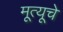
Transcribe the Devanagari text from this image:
मूत्यूचे